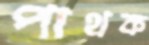
পাথক